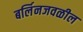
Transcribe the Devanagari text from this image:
बर्लिनजवळील